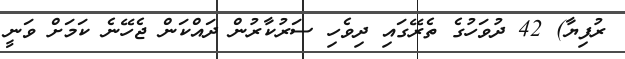
ރުފިޔާ) 42 ދުވަހުގެ ތެރޭގައި ދިވެހި ސަރުކާރުން ދައްކަން ޖެހޭނެ ކަމަށް ވަނީ